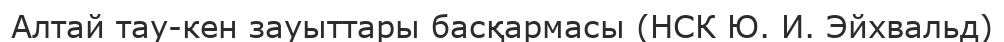
Алтай тау-кен зауыттары басқармасы (НСК Ю. И. Эйхвальд)